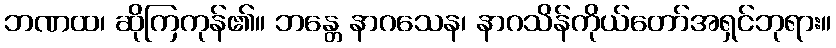
ဘဏထ၊ ဆိုကြကုန်၏။ ဘန္တေ နာဂသေန၊ နာဂသိန်ကိုယ်တော်အရှင်ဘုရား။